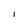
Character: I